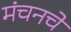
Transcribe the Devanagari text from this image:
मंचनचे